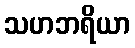
သဟဘရိယာ